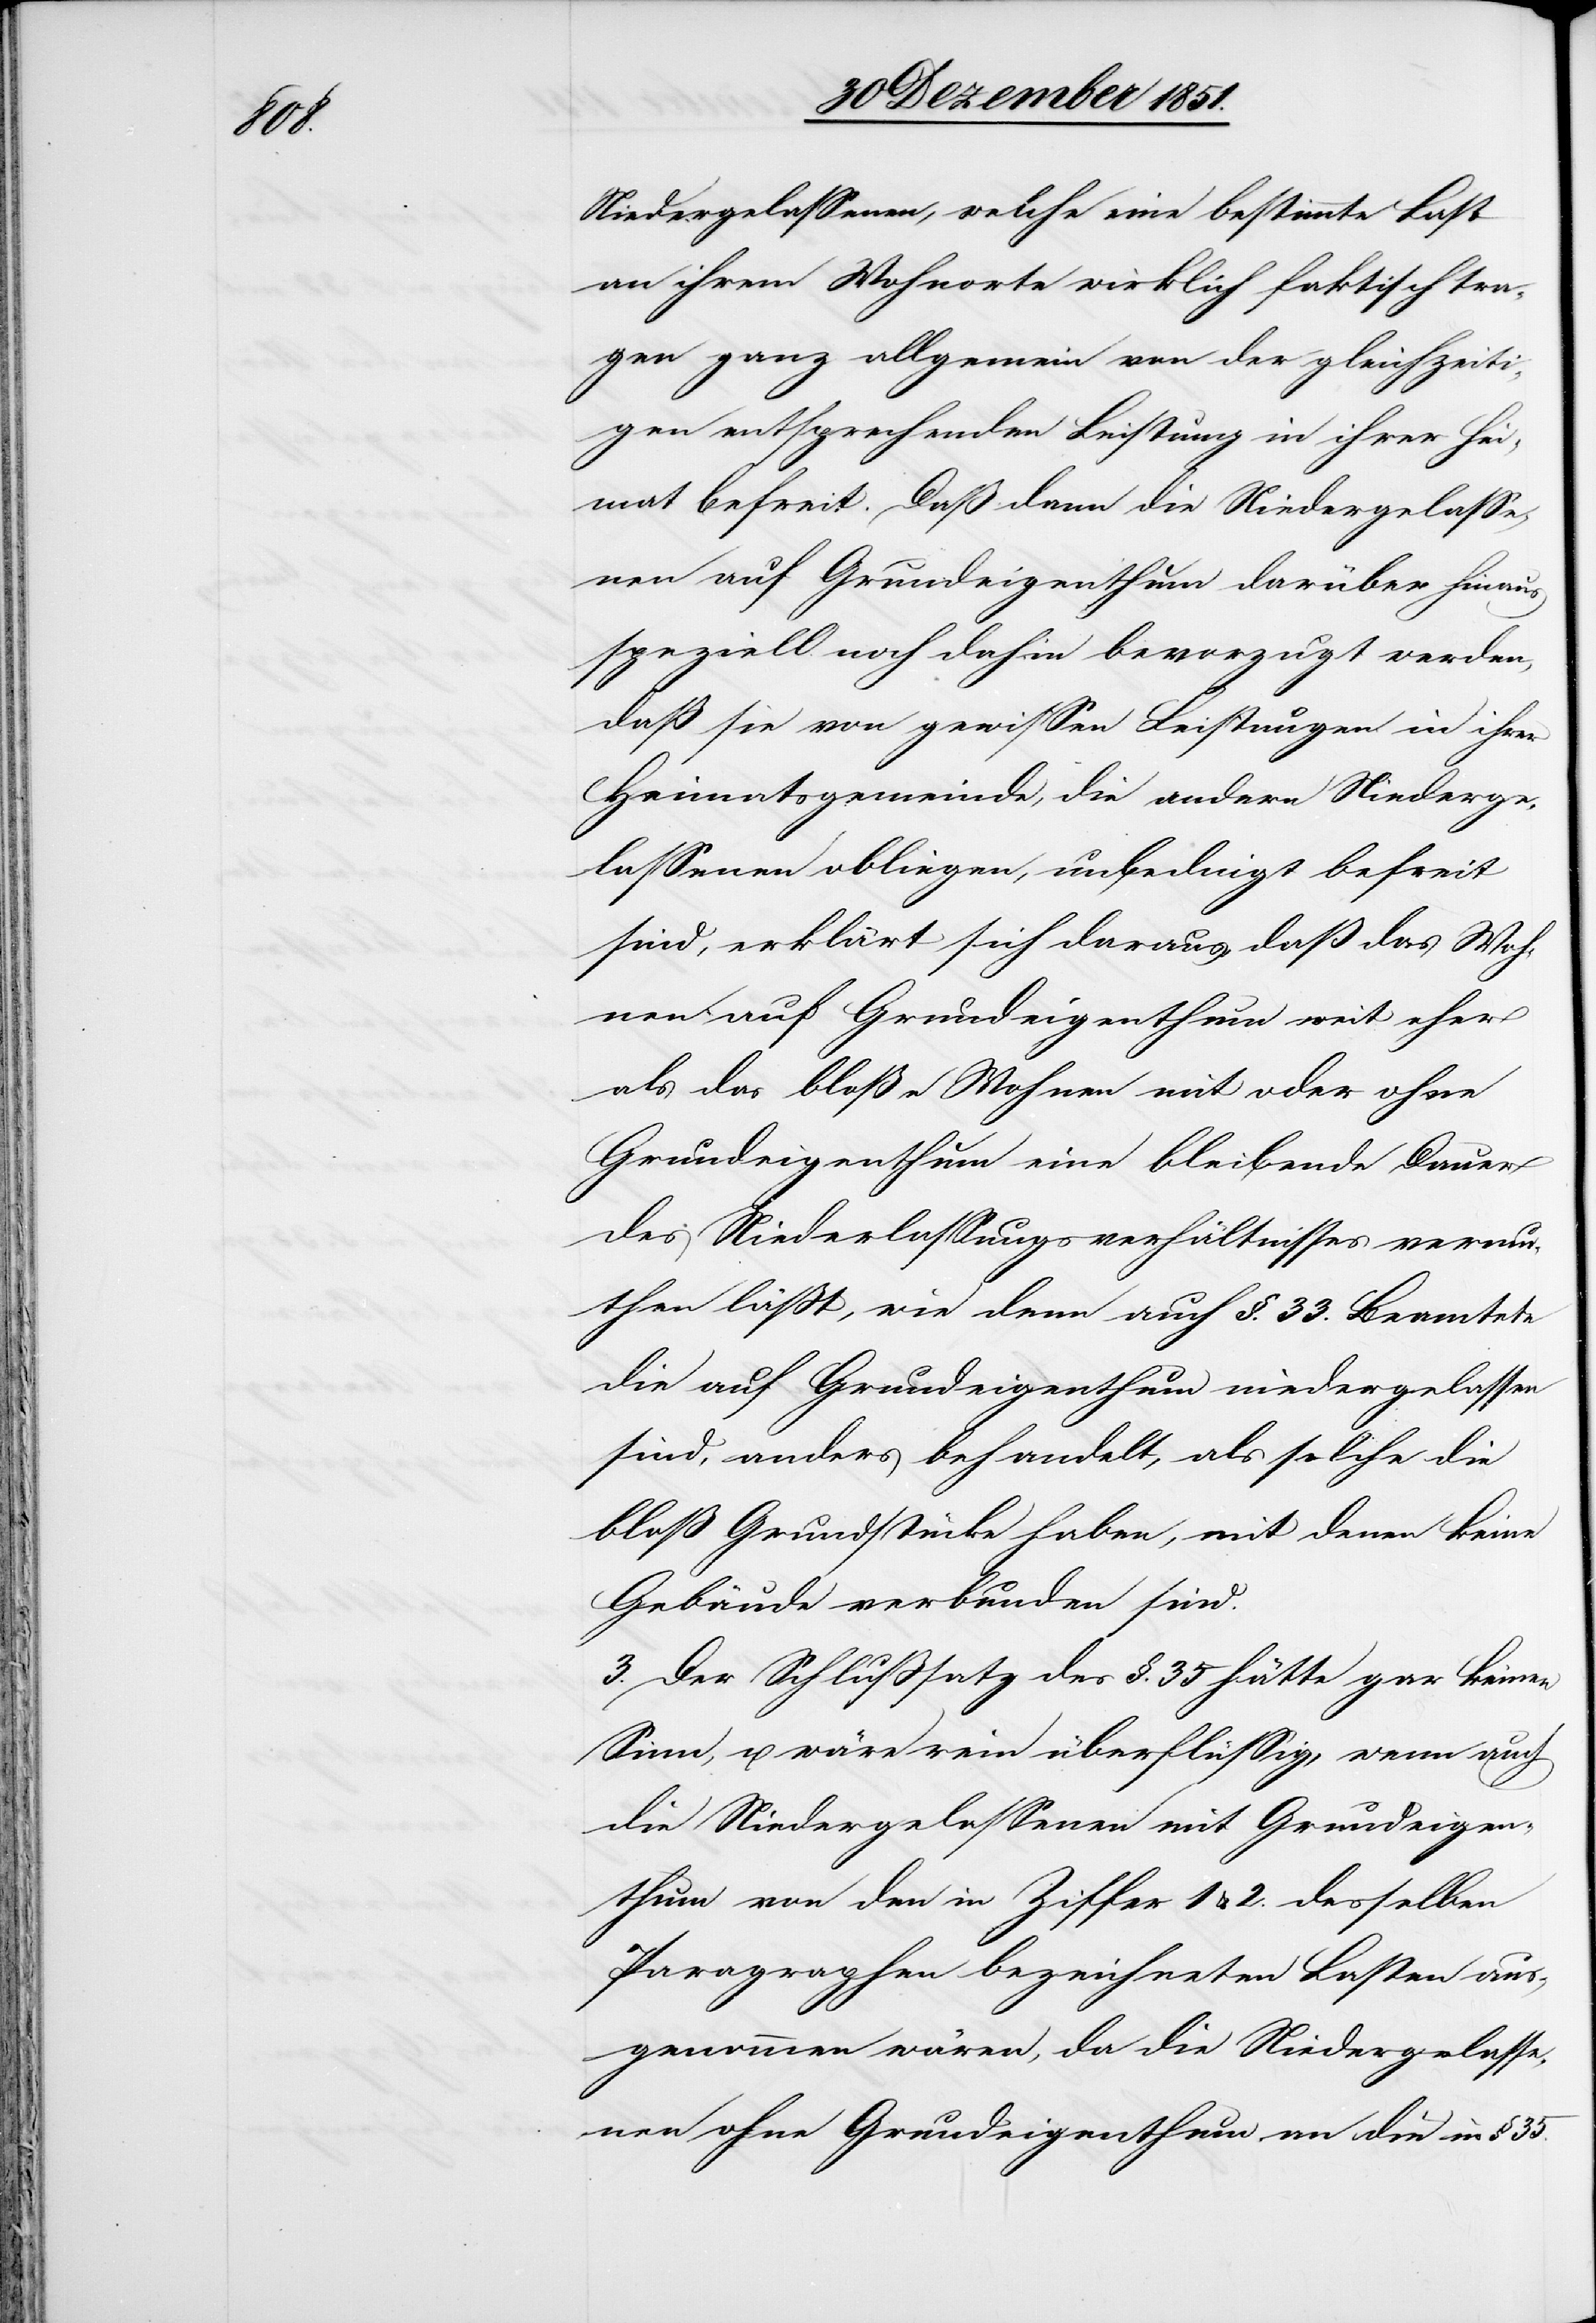
35.

Niedergelassenen, welche eine bestimmte Last
an ihrem Wohnorte wirklich faktisch tra¬
gen ganz allgemein von der gleichzeiti¬
gen entsprechenden Leistung in ihrer Hei¬
mat befreit. Daß dann die Niedergelasse¬
nen auf Grundeigenthum darüber hinaus
speziell noch dahin bevorzugt werden,
daß sie von gewissen Leistungen in ihrer
Heimatsgemeinde, die andern Niederge¬
lassenen obliegen, unbedingt befreit
sind, erklärt sich daraus, daß das Woh¬
nen auf Grundeigenthum weit eher
als das bloße Wohnen mit oder ohne
Grundeigenthum eine bleibende Dauer
des Niederlassungsverhältnisses vermu¬
then läßt, wie denn auch §. 33. Beamtete
die auf Grundeigenthum niedergelassen
sind, anders behandelt, als solche die
bloß Grundstücke haben, mit denen keine
Gebäude verbunden sind.
3. Der Schlußsatz des §. 35 hätte gar keinen
Sinn, u. wäre rein überflüssig, wenn auch
die Niedergelassenen mit Grundeigen¬
thum von den in Ziffer 1 & 2. desselben
Paragraphen bezeichneten Lasten aus¬
genommen wären, da die Niedergelasse¬
nen ohne Grundeigenthum an die in §